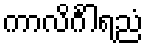
ကာလိင်္ဂါရညံ